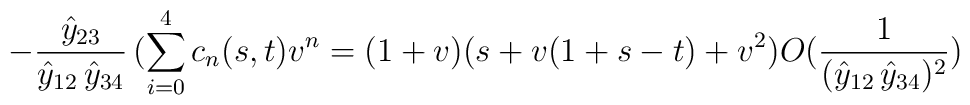
- \frac{\hat{y}_{23}}{\hat{y}_{12} \, \hat{y}_{34}} \,(\sum_{i = 0}^{4} c_n(s,t) v^n = (1+v)(s + v(1+s-t) + v^2) O(\frac{1}{(\hat{y}_{12} \, \hat{y}_{34})^2})